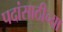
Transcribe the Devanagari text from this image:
पदांसाठीच्या